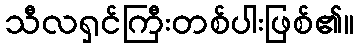
သီလရှင်ကြီးတစ်ပါးဖြစ်၏။